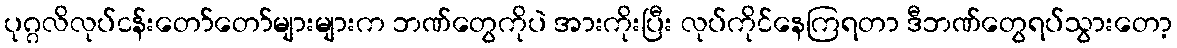
ပုဂ္ဂလိလုပ်ငန်းတော်တော်များများက ဘဏ်တွေကိုပဲ အားကိုးပြီး လုပ်ကိုင်နေကြရတာ ဒီဘဏ်တွေရပ်သွားတော့